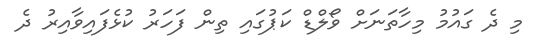
މި ދެ ގައުމު މިހާތަނަށް ވޯލްޑް ކަޕުގައި ތިން ފަހަރު ކުޅެފައިވާއިރު ދެ